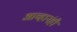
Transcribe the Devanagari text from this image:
आव्हानंही